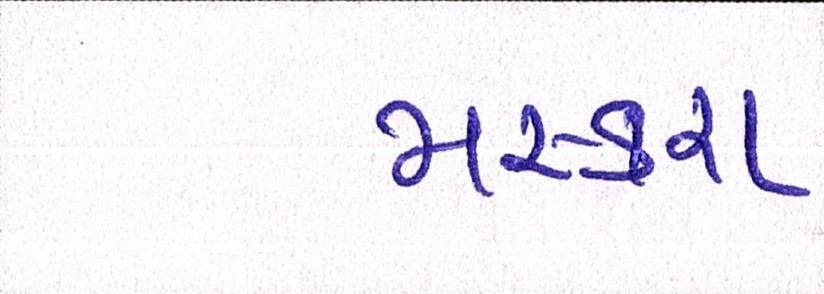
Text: મસ્કરા